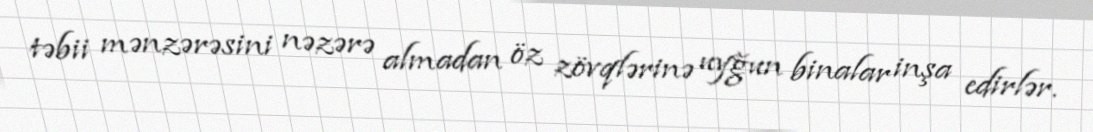
təbii mənzərəsini nəzərə almadan öz zövqlərinə uyğun binalar inşa edirlər.